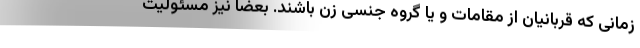
زمانی که قربانیان از مقامات و یا گروه جنسی زن باشند. بعضا نیز مسئولیت